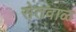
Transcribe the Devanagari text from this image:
सेतवाळ